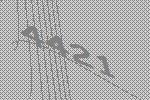
4421